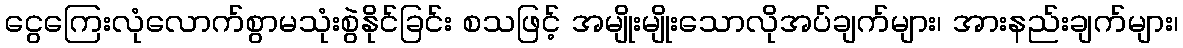
ငွေကြေးလုံလောက်စွာမသုံးစွဲနိုင်ခြင်း စသဖြင့် အမျိုးမျိုးသောလိုအပ်ချက်များ၊ အားနည်းချက်များ၊